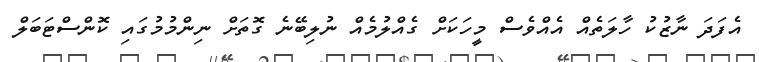
އެފަދަ ނާޒުކު ހާލަތެއް އެއްވެސް މީހަކަށް ގެއްލުމެއް ނުލިބޭނެ ގޮތަށް ނިންމުމުގައި ކޮންސްޓަބަލް